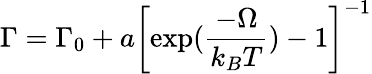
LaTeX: \Gamma=\Gamma_{0}+a\left[\exp(\frac{-\Omega}{k_{B}T})-1\right]^{-1}